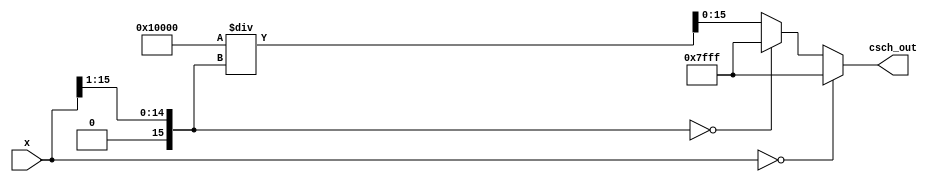
module csch (
    input  wire signed [15:0] x,       // Input data width (16 bits)
    output reg  signed [15:0] csch_out  // Output data width (16 bits)
);

    reg signed [15:0] sinh_x;            // Intermediate value for sinh(x)
    reg signed [15:0] reciprocal;         // Intermediate value for reciprocal

    // Hyperbolic sine approximation
    function signed [15:0] sinh;
        input signed [15:0] x;
        begin
            // sinh(x) = (e^x - e^(-x)) / 2
            // Here we use an approximation or a simplified version
            sinh = (x >> 1); // Simplified, replace with accurate calculation
        end
    endfunction

    always @(*) begin
        // Check for special case: if x = 0
        if (x == 16'd0) begin
            csch_out = 16'h7FFF; // Output for infinity (large number)
        end
        else begin
            // Compute sinh(x)
            sinh_x = sinh(x);

            // Check for overflow/underflow conditions
            if (sinh_x == 16'd0) begin
                csch_out = 16'h7FFF; // Output for infinity (sinh(x) = 0)
            end
            else begin
                // Calculate reciprocal of sinh(x)
                reciprocal = (1 << 16) / sinh_x; // Fixed-point reciprocal
                csch_out = reciprocal; // Assign output
            end
        end
    end
endmodule